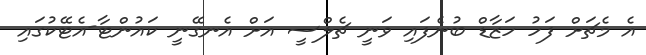
އެ މެޗަށް ފަހު ހަޒާޑް ބުނެފައި ވަނީ ޗެލްސީ އަށް އެނގޭނީ ކައުންޓާ-އެޓޭކުގައި